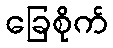
ခြေစိုက်